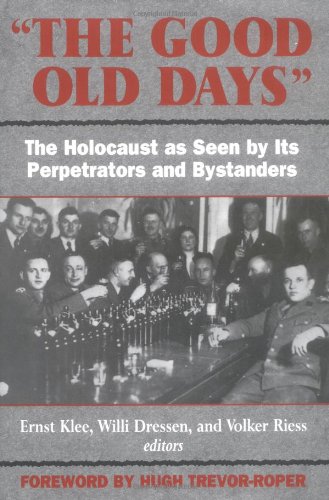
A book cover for The Good Old Days: The Holocaust as Seen by Its Perpetrators and Bystanders; History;